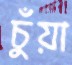
চুঁয়া